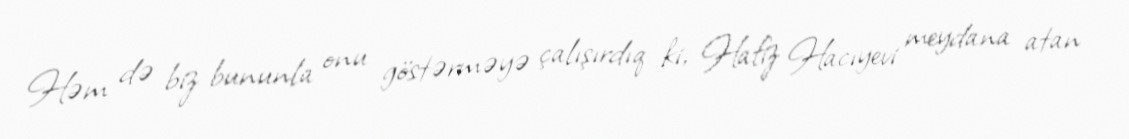
Həm də biz bununla onu göstərməyə çalışırdıq ki, Hafiz Hacıyevi meydana atan